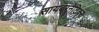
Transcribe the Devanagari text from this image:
सायबरनेटिक्स